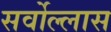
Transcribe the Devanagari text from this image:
सर्वोल्लास